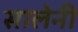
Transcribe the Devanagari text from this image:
सालेनी